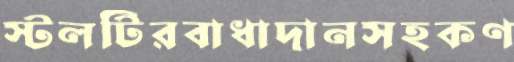
স্টলটিরবাধাদানসহকণ